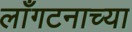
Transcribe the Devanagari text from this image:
लाँगटनाच्या